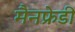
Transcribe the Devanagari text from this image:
मैनफ्रेडी